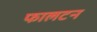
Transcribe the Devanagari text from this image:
फालटन